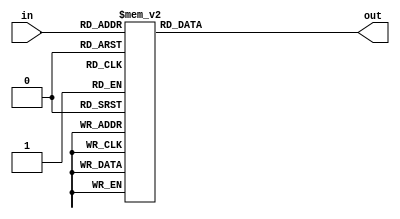
module decoder #(parameter WIDTH = 32) (
input [$clog2(WIDTH)-1:0] in,
output reg [WIDTH-1:0] out
);

always @(in) begin
	case (in)
	0: out = 32'b0;
	1: out = 32'd2;
	2: out = 32'd4;
	3: out = 32'd8;
	4: out = 32'd16;
	5: out = 32'd32;
	6: out = 32'd64;
	7: out = 32'd128;
	8: out = 32'd256;
	9: out = 32'd512;
	10: out = 32'd1024;
	11: out = 32'd2048;
	12: out = 32'd4096;
	13: out = 32'd8192;
	14: out = 32'd16384;
	15: out = 32'd32768;
	16: out = 32'd65536;
	17: out = 32'd131072;
	18: out = 32'd262144;
	19: out = 32'd524288;
	20: out = 32'd1048576;
	21: out = 32'd2097152;
	22: out = 32'd4194304;
	23: out = 32'd8388608;
	24: out = 32'd16777216;
	25: out = 32'd33554432;
	26: out = 32'd67108864;
	27: out = 32'd134217728;
	28: out = 32'd268435456;
	29: out = 32'd536870912;
	30: out = 32'd1073741824;
	31: out = 32'd2147483648;
	
	endcase

end
endmodule